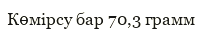
Көмірсу бар 70,3 грамм